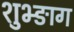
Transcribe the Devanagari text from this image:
शुभ्ङाग